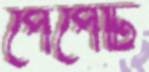
পেঁপেটি